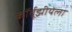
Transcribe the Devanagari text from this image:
कॉर्बूझीयेला